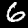
Label: 6